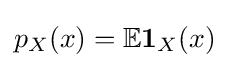
p_{X}(x)=\mathbb {E} \mathbf {1} _{X}(x)